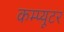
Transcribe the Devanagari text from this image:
कम्प्‍यूटर